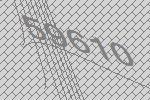
59610